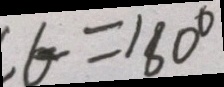
C 6 = 1 8 0 ^ { \circ }